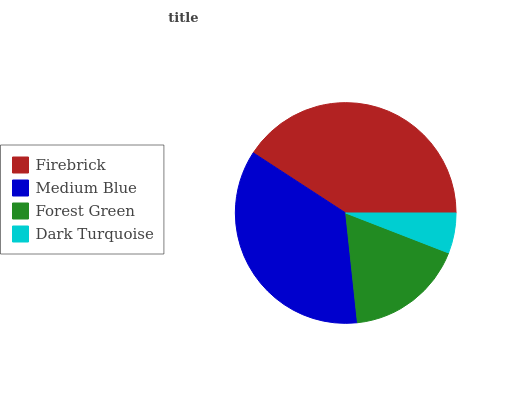
| Firebrick | Medium Blue | Forest Green | Dark Turquoise |
 | --- | --- | --- | --- |
 | 40.8% | 35.9% | 17.4% | 5.9% |